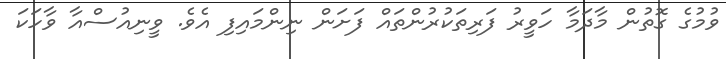
ވުމުގެ ގޮތުން މާދަމާ ހަވީރު ފަރިތަކުރުންތައް ފަށަން ނިންމައިފި އެވެ. ވީނިއުސްއާ ވާހަކަ